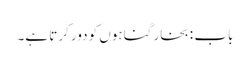
باب : بخار گناہوں کو دور کرتا ہے۔